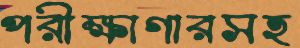
পরীক্ষাগারসহ